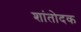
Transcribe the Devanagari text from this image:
शांतोदक